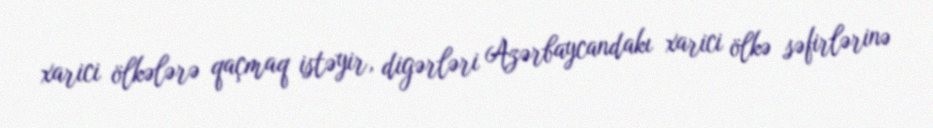
xarici ölkələrə qaçmaq istəyir, digərləri Azərbaycandakı xarici ölkə səfirlərinə